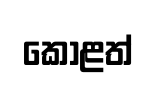
කොළත්